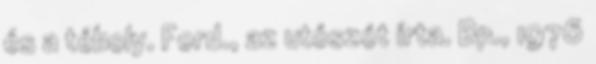
és a téboly. Ford., az utószót írta. Bp., 1976